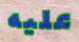
عليه